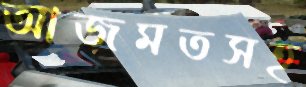
আজমতসহ